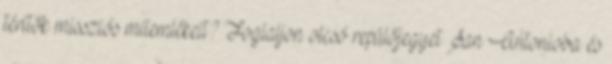
térítők missziós műemlékeit? Foglaljon olcsó repülőjegyet San Antonioba és